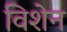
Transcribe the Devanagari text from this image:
विशेन